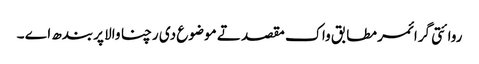
روائتی گرائمر مطابق واک مقصد تے موضوع دی رچنا والا پربندھ اے ۔